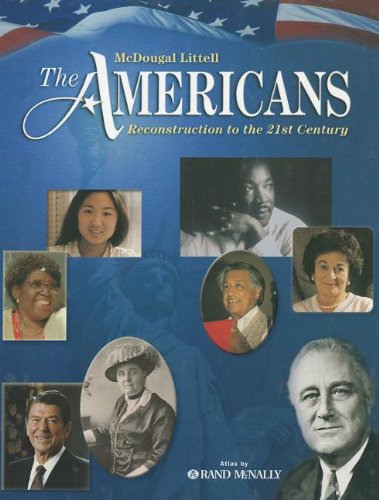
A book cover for The Americans: Reconstruction to the 21st Century, Student Edition; Gerald A. Danzer; Teen & Young Adult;